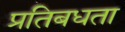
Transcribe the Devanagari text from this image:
प्रतिबधता